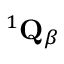
{ } ^ { 1 } { \bf Q } _ { \beta }